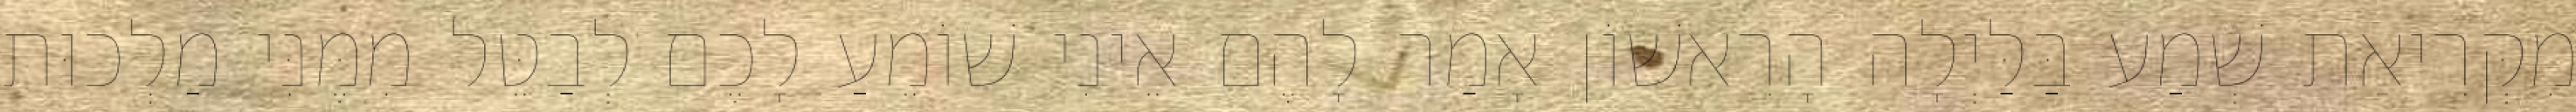
מִקְּרִיאַת שְׁמַע בַּלַּיְלָה הָרִאשׁוֹן אָמַר לָהֶם אֵינִי שׁוֹמֵעַ לָכֶם לְבַטֵּל מִמֶּנִּי מַלְכוּת